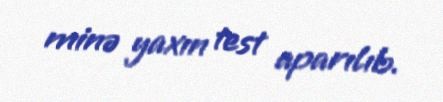
minə yaxın test aparılıb.